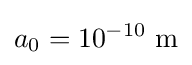
a_{0}=10^{-10}~{\text{m}}